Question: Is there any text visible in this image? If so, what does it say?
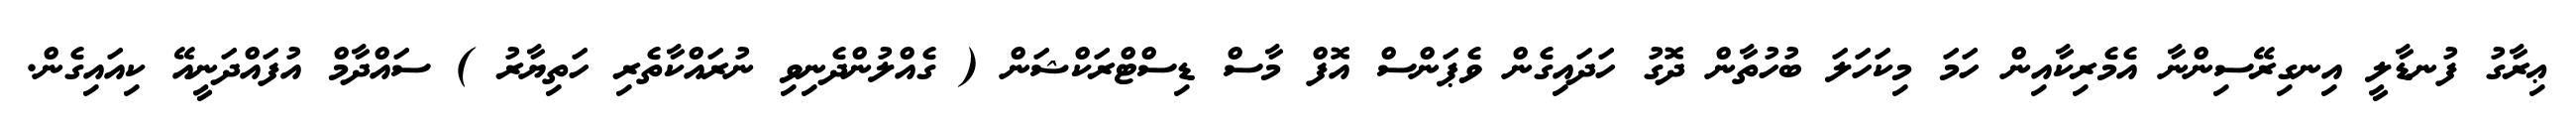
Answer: ޢިރާގު ފުނޑާލީ އިނގިރޭސިންނާ އެމެރިކާއިން ހަމަ މިކަހަލަ ބުހުތާން ދޮގު ހަދައިގެން ވެޕަންސް އޮފް މާސް ޑިސްޓްރަކްޝަން ( ގެއްލުންދެނިވި ނުރައްކާތެރި ހަތިޔާރު ) ސައްދާމް އުފައްދަނީއޭ ކިއައިގެން.